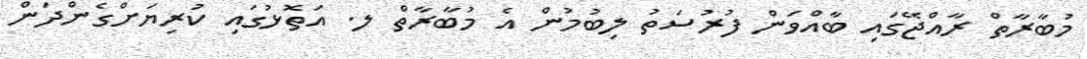
މުބާރާތް ރާއްޖޭގައި ބާއްވަން ފުރުސަތު ލިބުމުން އެ މުބާރާތް ލ. އަތޮޅުގައި ކުރިޔަށްގެންދަން